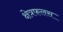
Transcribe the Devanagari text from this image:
क्षेत्रफलस